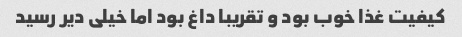
کیفیت غذا خوب بود و تقریبا داغ بود اما خیلی دیر رسید